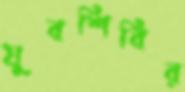
যুবশিবির